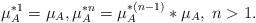
LaTeX: \begin{align*}\mu_{A}^{*1} = \mu_A, \mu_A^{*n} = \mu_A^{*(n-1)} * \mu_A, \; n > 1.\end{align*}